Veterinary regulations India, 1939 -
Year: 1939
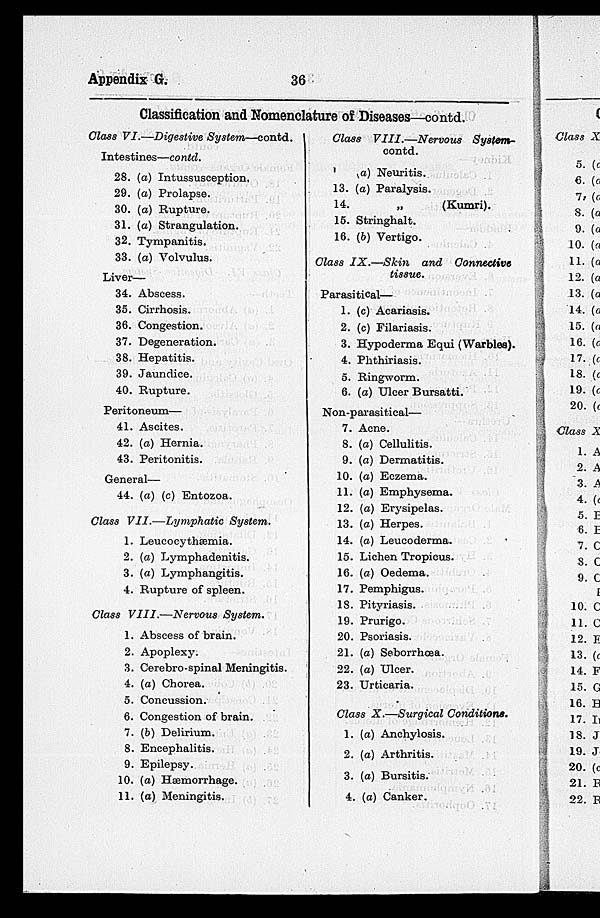
Appendix G.
36
Classification and Nomenclature of Diseases—contd.
Class VI.—Digestive System—contd.
1
Intestines—contd.
28. (a) Intussusception.
29. (a) Prolapse.
30. (a) Rupture.
31. (a) Strangulation.
32. Tympanitis.
33. (a) Volvulus.
Liver—
34. Abscess.
35. Cirrhosis.
36. Congestion.
37. Degeneration.
38. Hepatitis.
39. Jaundice.
40. Rupture.
Peritoneum—
41. Ascites.
42. (a) Hernia.
43. Peritonitis.
General—
44. (a) (c) Entozoa.
Class VII.—Lymphatic
System.
1. Leucocythæmia.
2. (a) Lymphadenitis.
3. (a) Lymphangitis.
4. Rupture of spleen.
Class VIII.—Nervous
System.
1. Abscess of brain.
2. Apoplexy.
3. Cerebro-spinal Meningitis.
4. (a) Chorea.
5. Concussion.
6. Congestion of brain.
7. (b) Delirium.
8. Encephalitis.
9. Epilepsy.
10. (a) Hæmorrhage.
11. (a) Meningitis.
Class VIII.—Nervous
System-
contd.
1 (a) Neuritis.
13. (a) Paralysis.
14.
„
(Kumri).
15. Stringhalt.
16. (b) Vertigo.
Class IX.—Skin
and
Connective
tissue.
Parasitical—
1. (c) Acariasis.
2. (c) Filariasis.
3. Hypoderma Equi (Warbles).
4. Phthiriasis.
5. Ringworm.
6. (a) Ulcer Bursatti.
Non-parasitical—
7. Acne.
8. (a) Cellulitis.
9. (a) Dermatitis.
10. (a) Eczema.
11. (a) Emphysema.
12. (a) Erysipelas.
13. (a) Herpes.
14. (a) Leucoderma.
15. Lichen Tropicus.
16. (a) Oedema.
17. Pemphigus.
18. Pityriasis.
19. Prurigo.
20. Psoriasis.
21. (a) Seborrhœa.
22. (a) Ulcer.
23. Urticaria.
Class X.—Surgical
Conditions.
1. (a) Anchylosis.
2. (a) Arthritis.
3. (a) Bursitis.
4. (a) Canker.